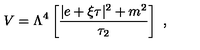
V = \Lambda ^ { 4 } \left[ { \frac { | e + \xi \tau | ^ { 2 } + m ^ { 2 } } { \tau _ { 2 } } } \right] \ ,